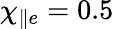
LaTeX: \chi_{\parallel e}=0.5